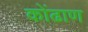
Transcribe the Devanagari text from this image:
कोंढाण